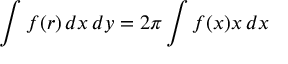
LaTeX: \int f ( r ) \, d x \, d y = 2 \pi \int f ( x ) x \, d x